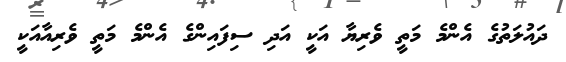
ދައުލަތުގެ އެންމެ މަތީ ވެރިޔާ އަކީ އަދި ސިފައިންގެ އެންމެ މަތީ ވެރިއާއަކީ